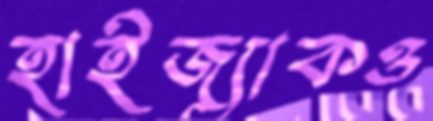
হাইজ্যাকও